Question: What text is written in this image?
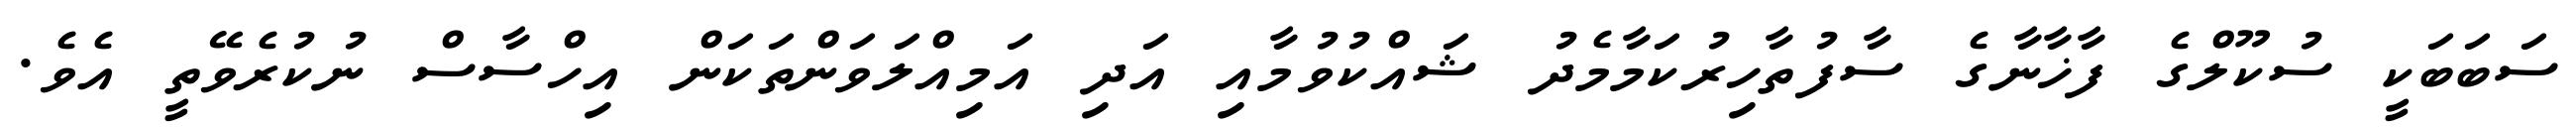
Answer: ސަބަބަކީ ސުކޫލްގެ ފާޚާނާގެ ސާފުތާހިރުކަމާމެދު ޝައްކުވުމާއި އަދި އަމިއްލަވަންތަކަން އިހްސާސް ނުކުރެވޭތީ އެވެ.